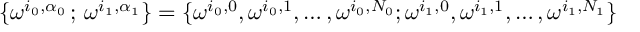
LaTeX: \{ \omega ^ { i _ { 0 } , \alpha _ { 0 } } \, ; \, \omega ^ { i _ { 1 } , \alpha _ { 1 } } \} = \{ \omega ^ { i _ { 0 } , 0 } , \omega ^ { i _ { 0 } , 1 } , \ldots , \omega ^ { i _ { 0 } , N _ { 0 } } ; \omega ^ { i _ { 1 } , 0 } , \omega ^ { i _ { 1 } , 1 } , \ldots , \omega ^ { i _ { 1 } , N _ { 1 } } \}